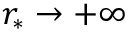
r _ { * } \to + \infty